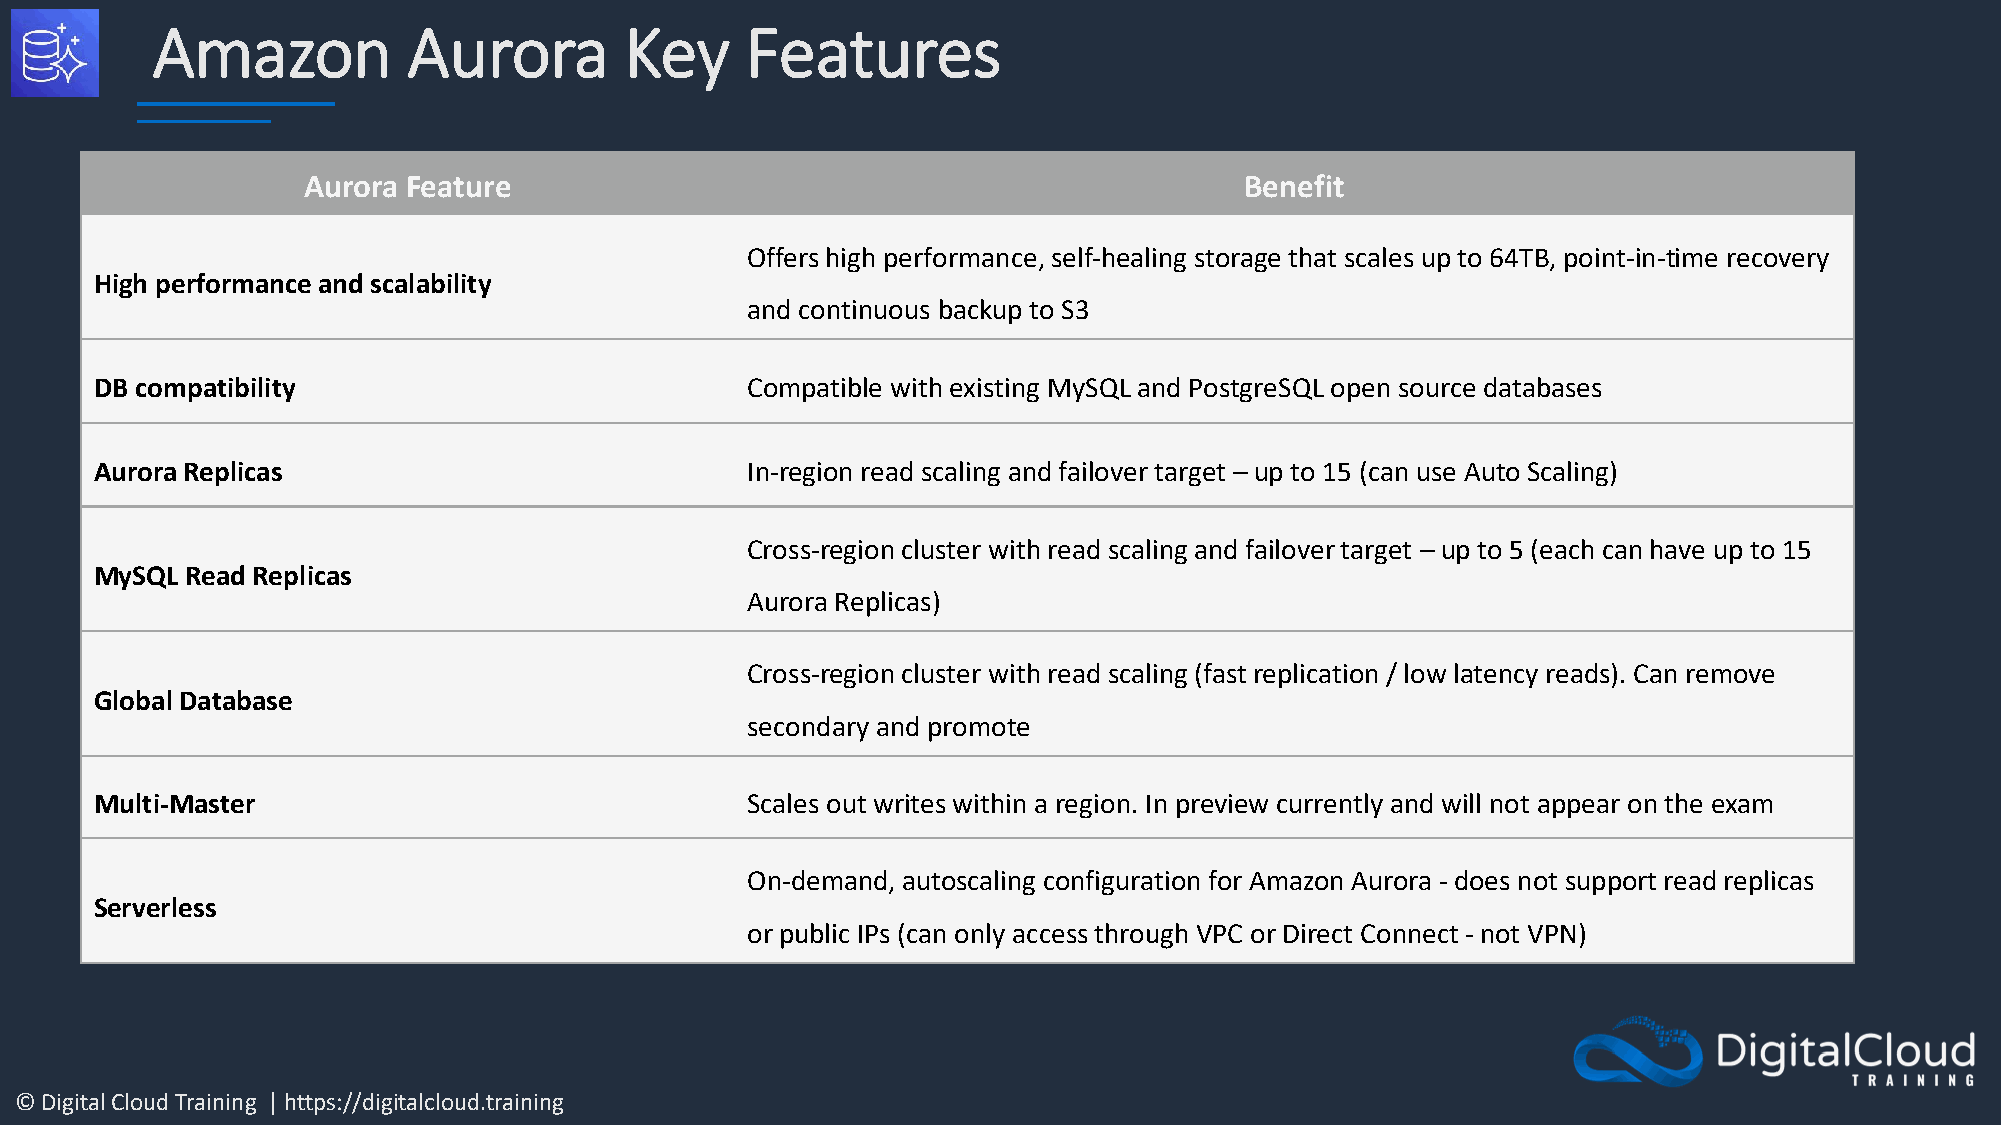
Amazon           Aurora        Key     Features
 Aurora Feature                                                Benefit
 Offers high performance, self-healing storage that scales up to 64TB, point-in-time recovery
 High performance and scalability
 and continuous backup to S3
 DB compatibility                           Compatible with existing MySQL and PostgreSQL open source databases
 Aurora Replicas                            In-region read scaling and failover target – up to 15 (can use Auto Scaling)
 Cross-region cluster with read scaling and failover target – up to 5 (each can have up to 15
 MySQL Read Replicas
 Aurora Replicas)
 Cross-region cluster with read scaling (fast replication / low latency reads). Can remove
 Global Database
 secondary and promote
 Multi-Master                               Scales out writes within a region. In preview currently and will not appear on the exam
 On-demand, autoscaling configuration for Amazon Aurora - does not support read replicas
 Serverless
 or public IPs (can only access through VPC or Direct Connect - not VPN)
 © Digital Cloud Training | https://digitalcloud.training